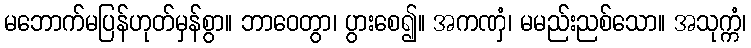
မဘောက်မပြန်ဟုတ်မှန်စွာ။ ဘာဝေတွာ၊ ပွားစေ၍။ အကဏှံ၊ မမည်းညစ်သော။ အသုက္ကံ၊